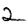
Digit: 2